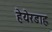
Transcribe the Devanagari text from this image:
हेयेरडाह्ल